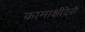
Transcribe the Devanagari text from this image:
कामाक्षीदेवी